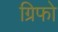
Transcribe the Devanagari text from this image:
ग्रिफो